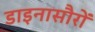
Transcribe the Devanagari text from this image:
डाइनासौरों